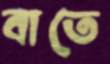
বাতে